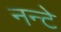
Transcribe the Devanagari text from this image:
नन्टे